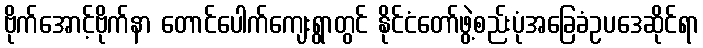
ဗိုက်အောင့်ဗိုက်နာ တောင်ပေါက်ကျေးရွာတွင် နိုင်ငံတော်ဖွဲ့စည်းပုံအခြေခံဥပဒေဆိုင်ရာ